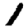
Digit: 1